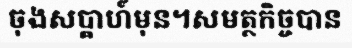
ចុងសប្តាហ៍មុន។សមត្ថកិច្ចបាន